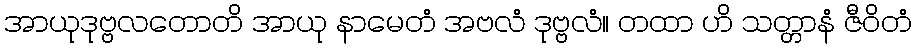
အာယုဒုဗ္ဗလတောတိ အာယု နာမေတံ အဗလံ ဒုဗ္ဗလံ။ တထာ ဟိ သတ္တာနံ ဇီဝိတံ